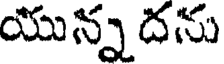
యున్న దను